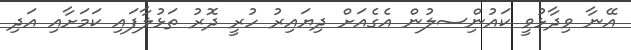
އޭނާ ވިދާޅުވީ ކައުންިސލުން އެގެއަށް ދިޔައިރު ހުރީ ދޮރު ތަޅުލާފައި ކަމަށާއި އަދި